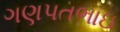
ગણપતભાઇ